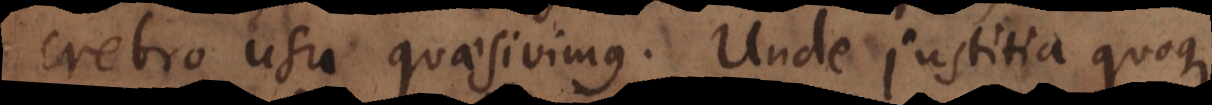
crebro usu acquisivimus. Unde justitia quoque